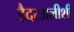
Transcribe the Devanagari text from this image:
हैदरअलीशी